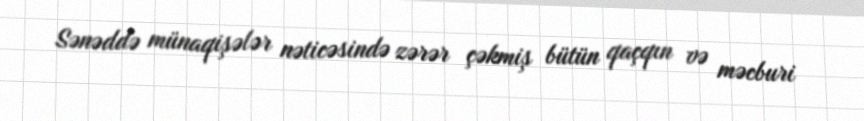
Sənəddə münaqişələr nəticəsində zərər çəkmiş bütün qaçqın və məcburi